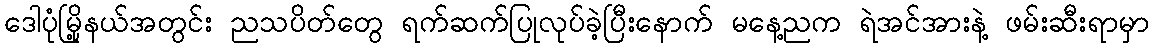
ဒေါပုံမြို့နယ်အတွင်း ညသပိတ်တွေ ရက်ဆက်ပြုလုပ်ခဲ့ပြီးနောက် မနေ့ညက ရဲအင်အားနဲ့ ဖမ်းဆီးရာမှာ